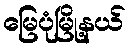
မြေပုံမြို့နယ်